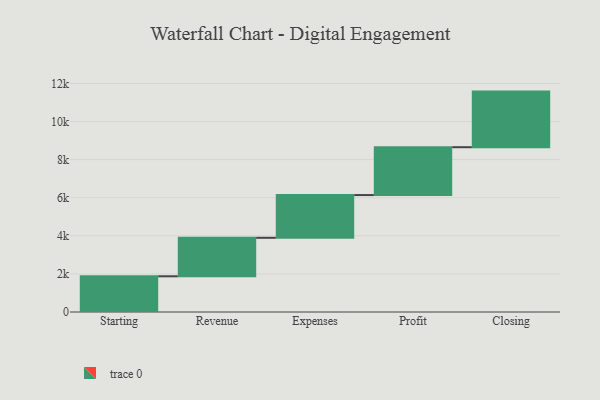
{"axis": {"x": "Step", "y": "Value"}, "legend": [""], "data": [{"x": "Starting", "y": 1875.0, "type": ""}, {"x": "Revenue", "y": 2021.0, "type": ""}, {"x": "Expenses", "y": 2244.0, "type": ""}, {"x": "Profit", "y": 2512.0, "type": ""}, {"x": "Closing", "y": 2920.0, "type": ""}]}